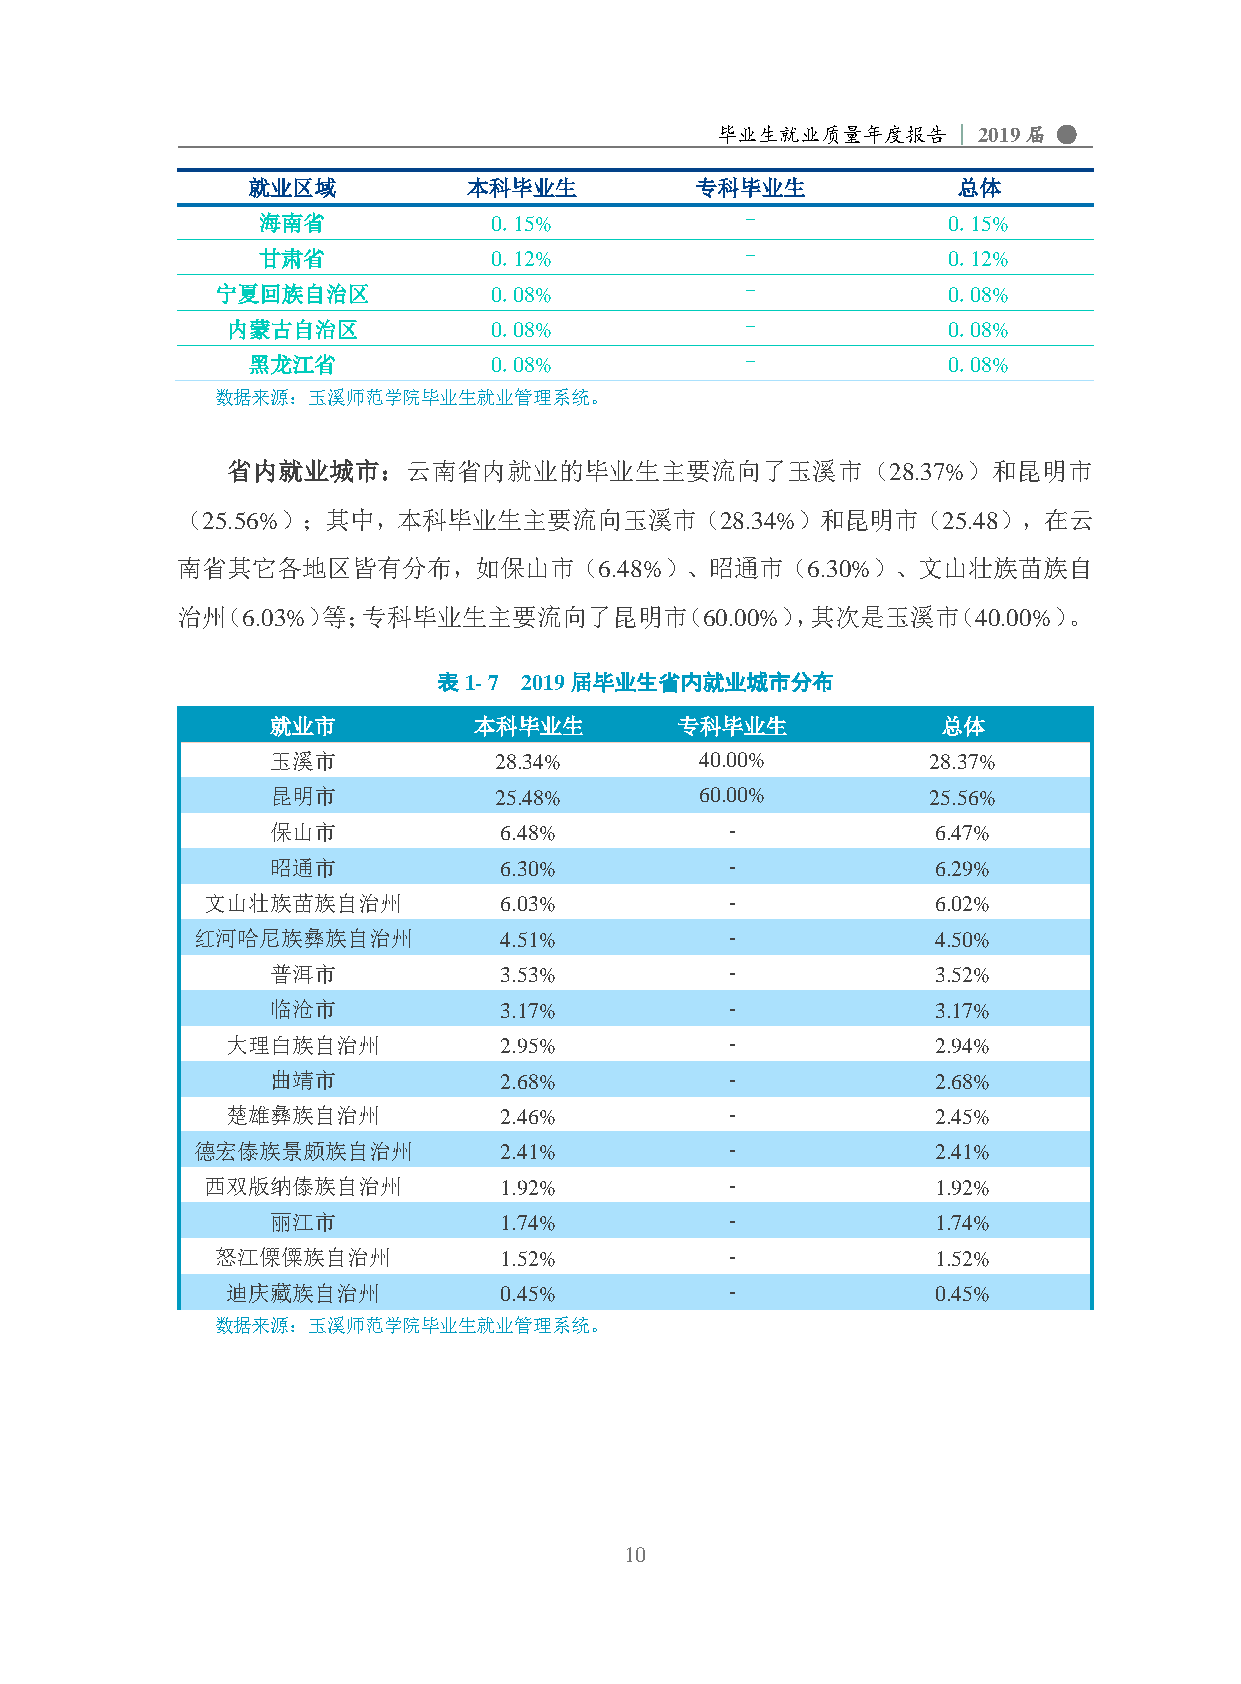
毕业生就业质量年度报告     | 2019届 ●
 就业区域           本科毕业生          专科毕业生            总体
 海南省            0.15%            -             0.15%
 甘肃省            0.12%            -             0.12%
 宁夏回族自治区           0.08%            -             0.08%
 内蒙古自治区           0.08%            -             0.08%
 黑龙江省            0.08%            -             0.08%
 数据来源：玉溪师范学院毕业生就业管理系统。
 省内就业城市：云南省内就业的毕业生主要流向了玉溪市（28.37%）和昆明市
 （25.56%）；其中，本科毕业生主要流向玉溪市（28.34%）和昆明市（25.48），在云
 南省其它各地区皆有分布，如保山市（6.48%）、昭通市（6.30%）、文山壮族苗族自
 治州（6.03%）等；专科毕业生主要流向了昆明市（60.00%），其次是玉溪市（40.00%）。
 表1- 7 2019届毕业生省内就业城市分布
 就业市          本科毕业生         专科毕业生            总体
 玉溪市            28.34%       40.00%         28.37%
 昆明市            25.48%       60.00%         25.56%
 保山市            6.48%          -             6.47%
 昭通市            6.30%          -             6.29%
 文山壮族苗族自治州          6.03%          -             6.02%
 红河哈尼族彝族自治州          4.51%          -             4.50%
 普洱市            3.53%          -             3.52%
 临沧市            3.17%          -             3.17%
 大理白族自治州           2.95%          -             2.94%
 曲靖市            2.68%          -             2.68%
 楚雄彝族自治州           2.46%          -             2.45%
 德宏傣族景颇族自治州          2.41%          -             2.41%
 西双版纳傣族自治州          1.92%          -             1.92%
 丽江市            1.74%          -             1.74%
 怒江傈僳族自治州           1.52%          -             1.52%
 迪庆藏族自治州           0.45%          -             0.45%
 数据来源：玉溪师范学院毕业生就业管理系统。
 10